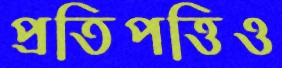
প্রতিপত্তিও